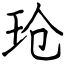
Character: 玱